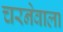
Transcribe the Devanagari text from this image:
चरनेवाला